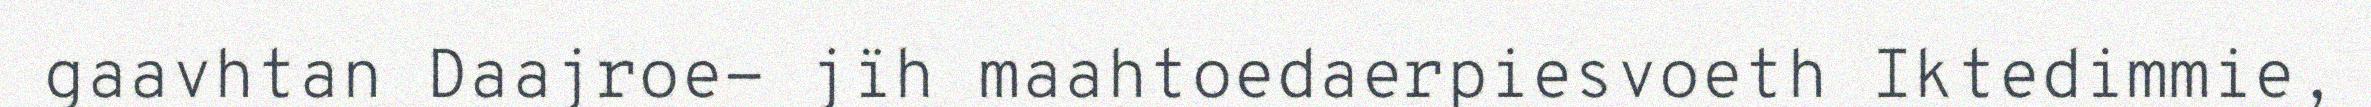
gaavhtan Daajroe- jïh maahtoedaerpiesvoeth Iktedimmie,